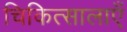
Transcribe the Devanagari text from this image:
चिकित्सालाएँ